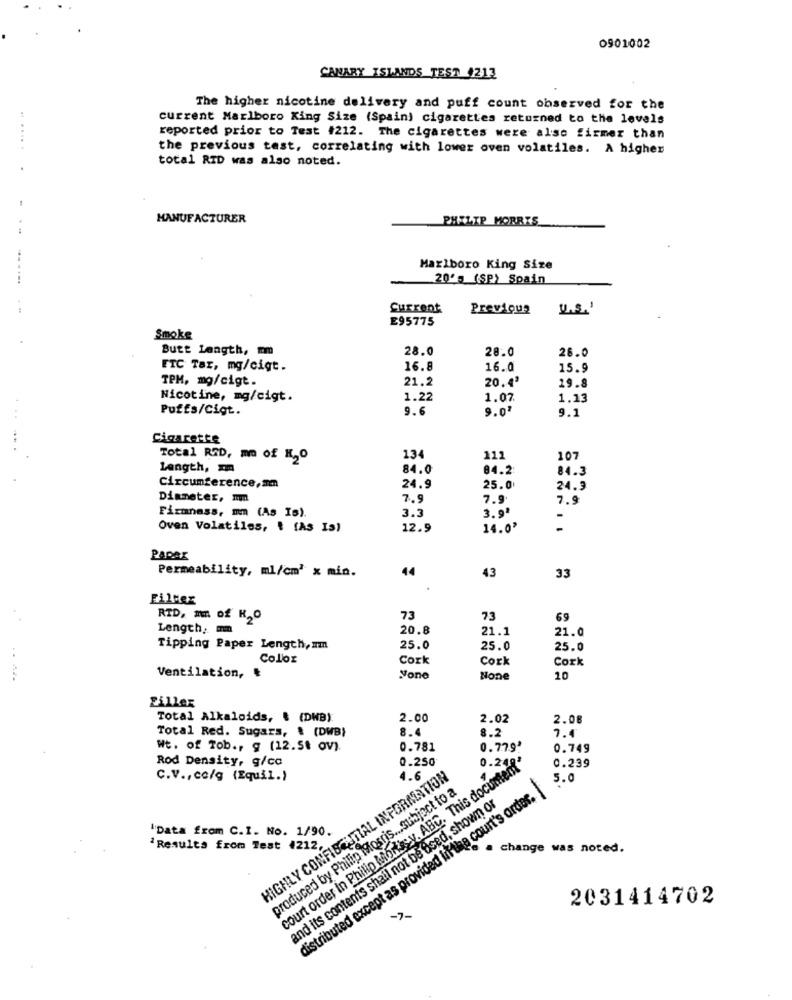
0901002
CANARY ISLANDS TEST 1212
The higher nicotine delivery and puff count observed for the
current Marlboro King Size (Spain) cigarettes returned to the levels
reported prior to Test #212. The cigarettes were also firmer than
the previous test, correlating with lower oven volatiles. A higher
total RID was also noted.
MANUFACTURER
PHILIP MORRIS
Marlboro King Size
20's (SP) Spain
Current
Previous
U.S.
E95775
Smoke
Butt Length, mm
28.0
28.0
26.0
ETC Tar, mg/cigt.
16.8
16.0
15.9
TPM, mg/cigt.
21.2
19.8
20.43
Nicotine, mg/cigt.
1.22
1.07
1.13
Puffs/Cigt.
9.6
9.0'
9.1
Total RSD, mm of K20
134
111
107
Length, m
84.0
84.2
84.3
Circumference,am
24.9
25.0
24.9
Diameter, mn
7.
7.9
7.9
Firmness, mm (As Is).
3.3
3.9
-
Oven Volatiles, { [AS Is)
12.9
14.02
-
PARAX
Permeability, ml/cm' x min.
44
43
33
Filter
RTD, mn of R,O
73
73
69
Length, mm
20.8
21.1
21.0
Tipping Paper Length, am
25.0
25.0
25.0
Color
Cork
Cork
Cork
Ventilation, ₺
10
Fillex
Total Alkaloids, & (DWB)
2.00
2.02
2.08
Total Red. Sugars, & (DWB)
8.4
3.2
Wt. of Tob ., g (12.5t ov).
0.781
0.77.9ª
0.749
Rod Density, g/cc
court order in Philip Mortisy. ABC. This document*
0.250
0.239
C.V ., co/g (Equil.)
HIGHLY CONFIDENTIAL INFORMATION
5.0
produced by Philip Mosris ... subject to a
distributed except as provided in the court's order.
and its contents shall not be used, shown or
"Data from C.I. No. 1/90.
'Results from Test 4212
change was noted.
2031414702
-7.